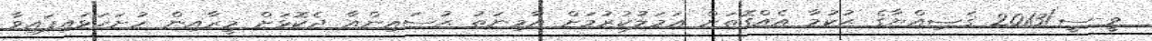
ވީ-ސީ/2013 ޤަޟިއްޔާގެ ޙުކުމާ އެއްގޮތަށް ޢަމަލުކުރުމަށް އާމިނަތު ޙުސައިންއާ ދެކޮޅަށް މީރާއިން ހުށަހަޅައިފައިވާ